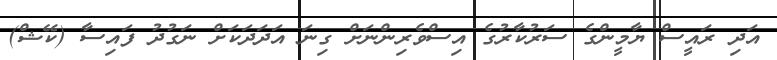
އަދި ރައީސް ޔާމީންގެ ސަރުކާރުގެ އިސްވެރިންނަށް ގިނަ އަދަދަކަށް ނަގުދު ފައިސާ (ކޭޝް)